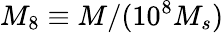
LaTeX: M_{8}\equiv M/(10^{8}M_{s})